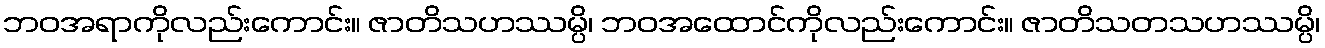
ဘဝအရာကိုလည်းကောင်း။ ဇာတိသဟဿမ္ပိ၊ ဘဝအထောင်ကိုလည်းကောင်း။ ဇာတိသတသဟဿမ္ပိ၊